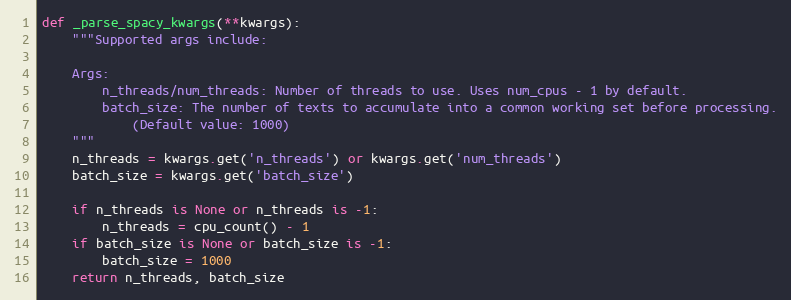
Language: Python
def _parse_spacy_kwargs(**kwargs):
    """Supported args include:

    Args:
        n_threads/num_threads: Number of threads to use. Uses num_cpus - 1 by default.
        batch_size: The number of texts to accumulate into a common working set before processing.
            (Default value: 1000)
    """
    n_threads = kwargs.get('n_threads') or kwargs.get('num_threads')
    batch_size = kwargs.get('batch_size')

    if n_threads is None or n_threads is -1:
        n_threads = cpu_count() - 1
    if batch_size is None or batch_size is -1:
        batch_size = 1000
    return n_threads, batch_size